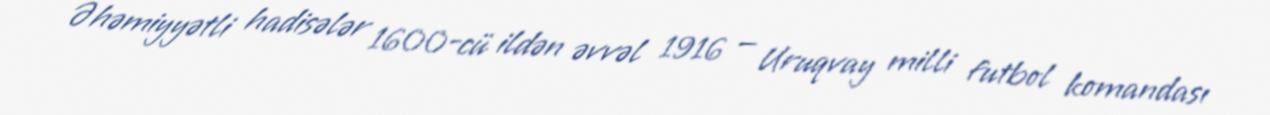
Əhəmiyyətli hadisələr 1600-cü ildən əvvəl 1916 — Uruqvay milli futbol komandası